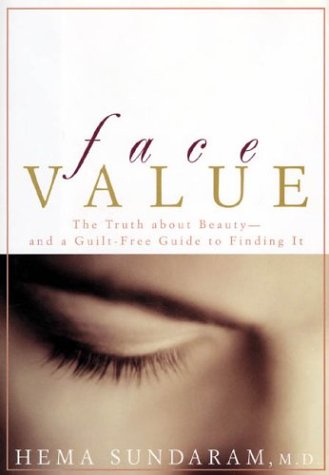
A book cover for Face Value: The Truth about Beauty-- and a Guilt-Free Guide to Finding It; Hema Sundaram; Health, Fitness & Dieting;